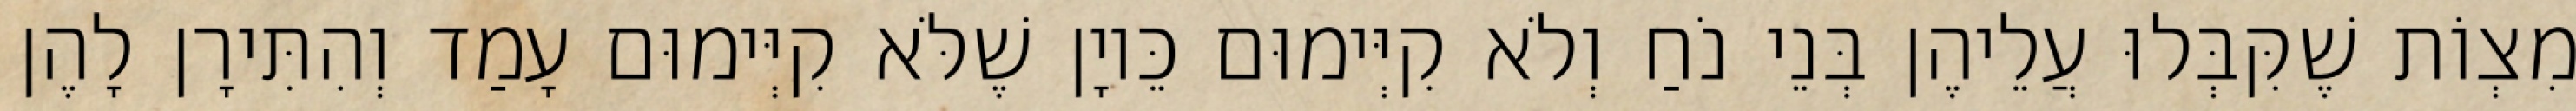
מִצְוֹת שֶׁקִּבְּלוּ עֲלֵיהֶן בְּנֵי נֹחַ וְלֹא קִיְּימוּם כֵּיוָן שֶׁלֹּא קִיְּימוּם עָמַד וְהִתִּירָן לָהֶן